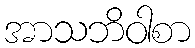
အာသဘိဝါစာ